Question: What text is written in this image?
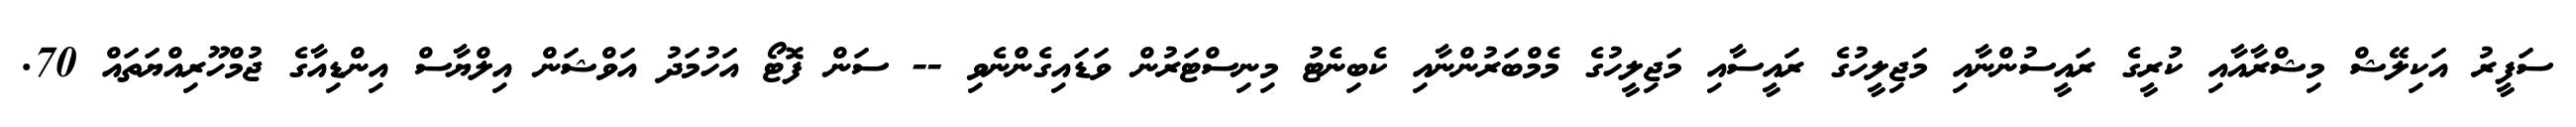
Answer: ސަފީރު އަކިލޭޝް މިޝްރާއާއި ކުރީގެ ރައީސުންނާއި މަޖިލީހުގެ ރައީސާއި މަޖިލީހުގެ މެމްބަރުންނާއި ކެބިނެޓު މިނިސްޓަރުން ވަޑައިގެންނެވި -- ސަން ފޮޓޯ އަހުމަދު އަވްޝަން އިލްޔާސް އިންޑިއާގެ ޖުމްހޫރިއްޔަތައް 70.